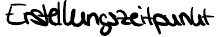
Erstellungszeitpunkt